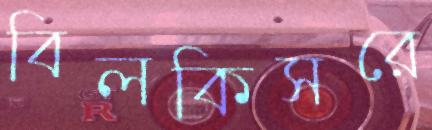
বিলকিসরে